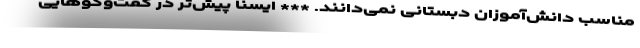
مناسب دانش‌آموزان دبستانی نمی‌دانند. *** ایسنا پیش‌تر در گفت‌وگوهایی